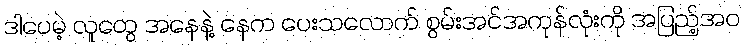
ဒါပေမဲ့ လူတွေ အနေနဲ့ နေက ပေးသလောက် စွမ်းအင်အကုန်လုံးကို အပြည့်အဝ